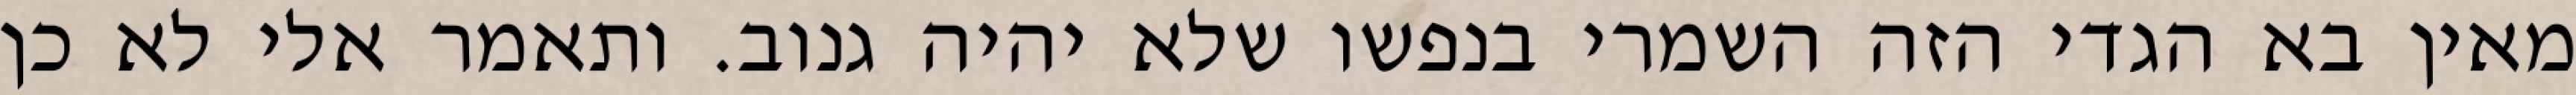
מאין בא הגדי הזה השמרי בנפשו שלא יהיה גנוב. ותאמר אלי לא כן